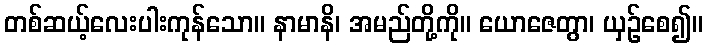
တစ်ဆယ့်လေးပါးကုန်သော။ နာမာနိ၊ အမည်တို့ကို။ ယောဇေတွာ၊ ယှဉ်စေ၍။